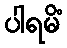
ပါရမိံ